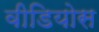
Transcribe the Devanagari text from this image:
वीडियोस